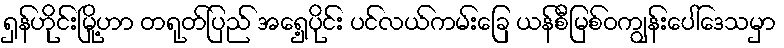
ရှန်ဟိုင်းမြို့ဟာ တရုတ်ပြည် အရှေ့ပိုင်း ပင်လယ်ကမ်းခြေ ယန်စီမြစ်ဝကျွန်းပေါ်ဒေသမှာ